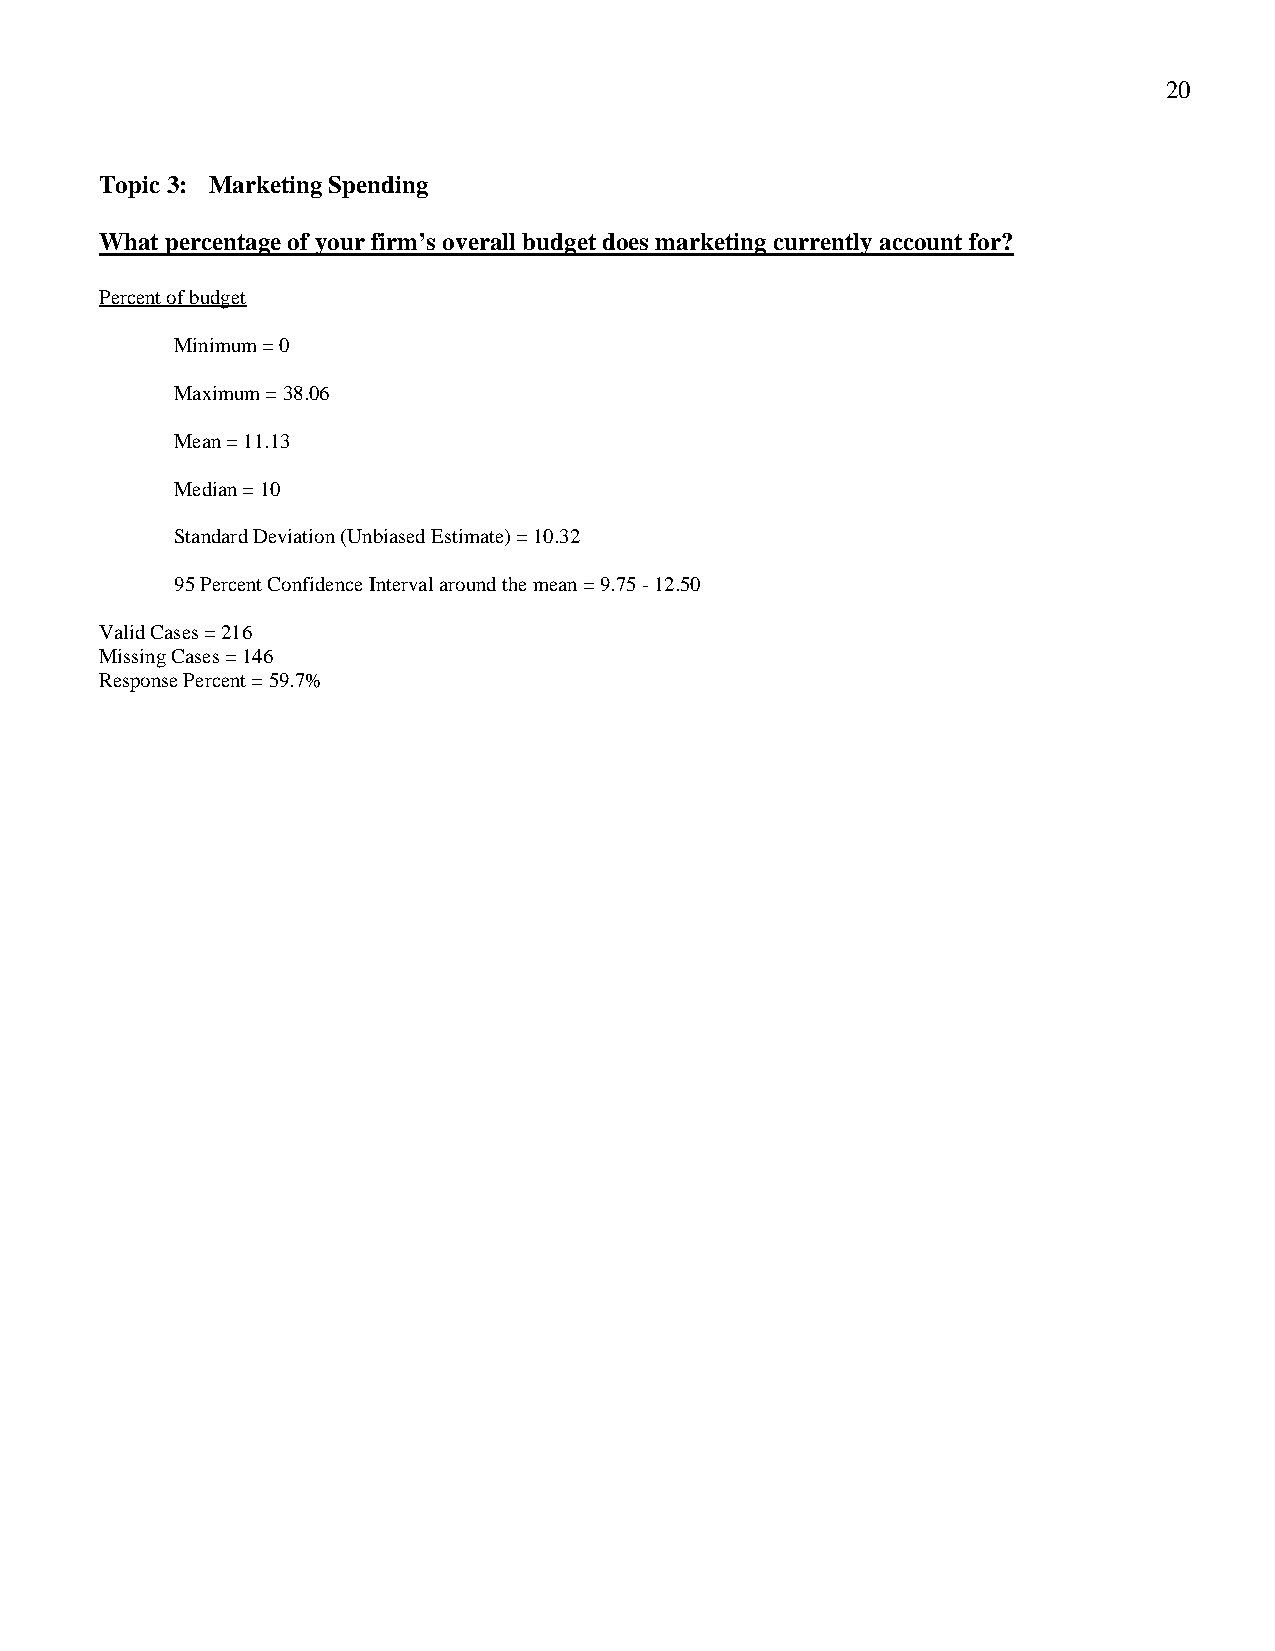
20
 Topic 3: Marketing Spending
 What percentage of your firm’s overall budget does marketing currently account for?
 Percent of budget
 Minimum = 0
 Maximum = 38.06
 Mean = 11.13
 Median = 10
 Standard Deviation (Unbiased Estimate) = 10.32
 95 Percent Confidence Interval around the mean = 9.75 - 12.50
 Valid Cases = 216
 Missing Cases = 146
 Response Percent = 59.7%